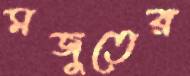
মজুতের